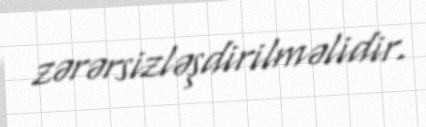
zərərsizləşdirilməlidir.